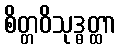
စိတ္တဝိသုဒ္ဓတ္ထာ